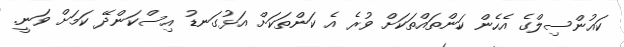
ކައުންސިލްގެ އެހެން ކަންތައްތަކަށް ވުރެ އެ ކަންތަކަށް އަޅުގަނޑު އިސްކަންދޭ ކަމަށް ވަނީ.